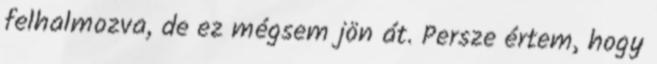
felhalmozva, de ez mégsem jön át. Persze értem, hogy